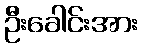
ဦးခေါင်းအား